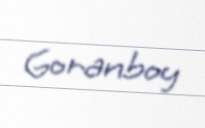
Goranboy